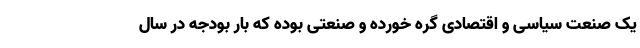
یک صنعت سیاسی و اقتصادی گره خورده و صنعتی بوده که بار بودجه در سال